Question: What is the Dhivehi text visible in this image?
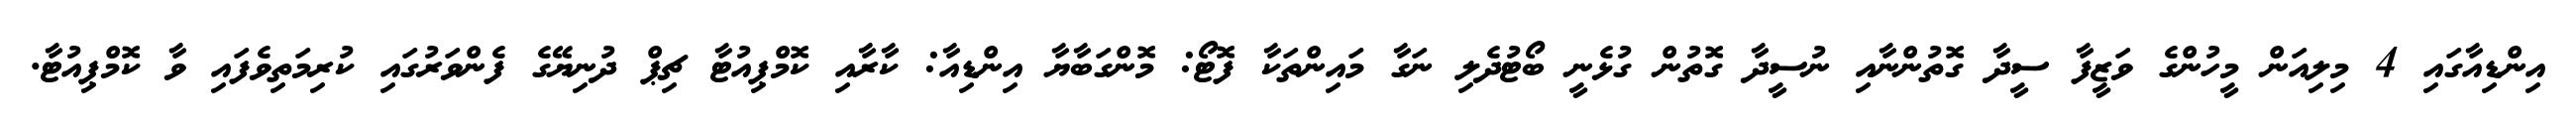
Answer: އިންޑިއާގައި 4 މިލިއަން މީހުންގެ ވަޒީފާ ސީދާ ގޮތުންނާއި ނުސީދާ ގޮތުން ގުޅެނީ ބޯޓުދެލި ނަގާ މައިންތަކާ ފޮޓޯ: މޮންގަބާޔާ އިންޑިއާ: ކާރާއި ކޮމްޕިއުޓާ ޗިޕް ދުނިޔޭގެ ފެންވަރުގައި ކުރިމަތިވެފައި ވާ ކޮމްޕިއުޓާ.